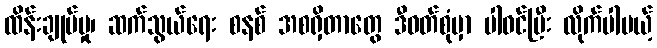
ထိန်းချုပ်မှု၊ ဆက်သွယ်ရေး စနစ် အစရှိတာတွေ ဒီဝတ်စုံမှာ ပါဝင်ပြီး လိုက်ပါမယ့်